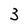
Character: 3